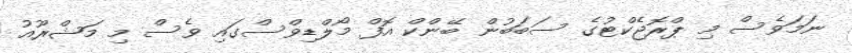
ނަމަވެސް މި ޕްރޮޖެކްޓުގެ ސަބަބުން ބޭންކް އޮފް މޯލްޑިވްސްގައި ވެސް މި މަޝްރޫއު